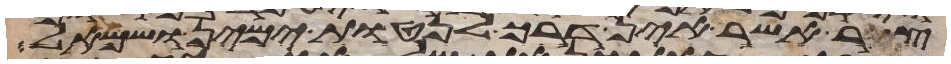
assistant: צר אשר אין דרך לנטות ימין ושמאל